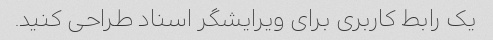
یک رابط کاربری برای ویرایشگر اسناد طراحی کنید.